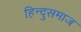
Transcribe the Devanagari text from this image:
हिन्दुसमाज